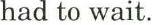
had to wait.